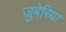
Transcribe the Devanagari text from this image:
जुबेरिया